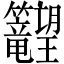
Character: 𬖉